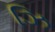
ઝિ